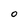
Character: O